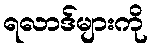
ရလာဒ်များကို